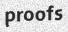
proofs